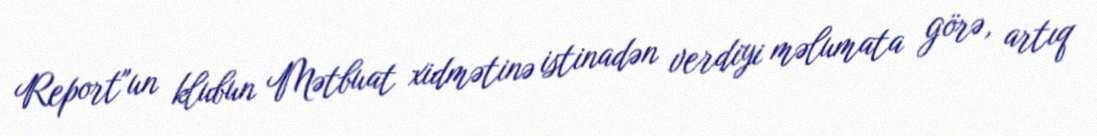
Report"un klubun Mətbuat xidmətinə istinadən verdiyi məlumata görə, artıq